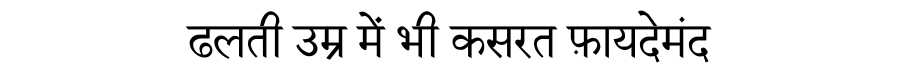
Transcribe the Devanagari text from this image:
ढलती उम्र में भी कसरत फ़ायदेमंद